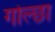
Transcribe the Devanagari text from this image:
गोल्छा